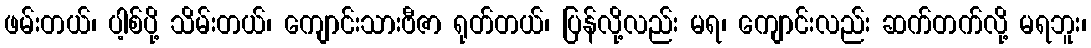
ဖမ်းတယ်၊ ပါ့စ်ပို့ သိမ်းတယ်၊ ကျောင်းသားဗီဇာ ရုတ်တယ်၊ ပြန်လို့လည်း မရ၊ ကျောင်းလည်း ဆက်တက်လို့ မရဘူး၊